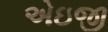
એઇજી